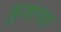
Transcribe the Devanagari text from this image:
कुशांचा